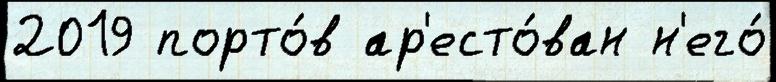
2019 порто́в ар'есто́ван н'его́